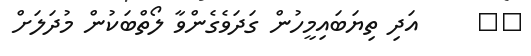
٢٠     އަދި ތިޔަބައިމީހުން ގަދަވެގެންވާ ލޯތްބަކުން މުދަލަށް